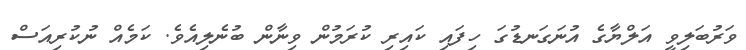
ވަރުބަލިވީ އަލްޔާގެ އުނަގަނޑުގަ ހިފައި ކައިރި ކުރަމުން ވިނާން ބުނެލިއެވެ. ކަމެއް ނުކުރިއަސް